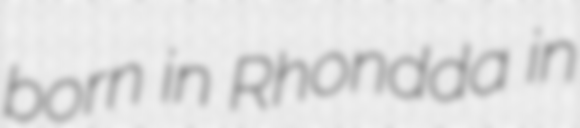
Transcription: born in Rhondda in